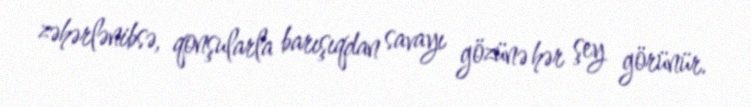
zəhərlənibsə, qonşularla barışıqdan savayı gözünə hər şey görünür.